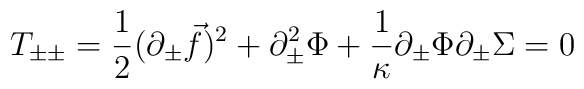
T_{\pm\pm} = {1 \over 2} (\partial_\pm {\vec f})^2 + \partial_\pm^2 \Phi + {1 \over \kappa} \partial_\pm \Phi \partial_\pm \Sigma= 0